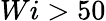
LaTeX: Wi>50